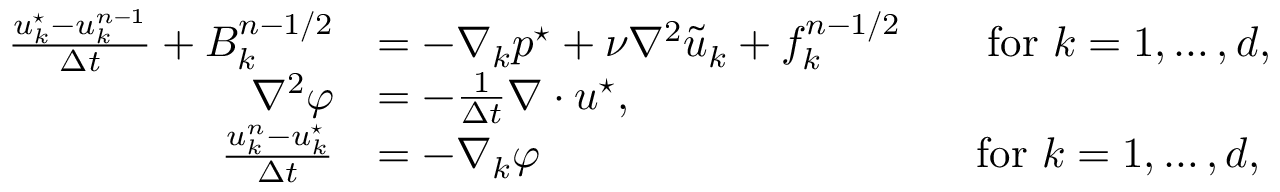
\begin{array} { r l } { \frac { u _ { k } ^ { \star } - u _ { k } ^ { n - 1 } } { \Delta t } + B _ { k } ^ { n - 1 / 2 } } & { = - \nabla _ { k } p ^ { \star } + \nu { \nabla } ^ { 2 } \tilde { u } _ { k } + f _ { k } ^ { n - 1 / 2 } \qquad \mathrm { f o r ~ } k = 1 , \dots , d , } \\ { { \nabla } ^ { 2 } \varphi } & { = - \frac { 1 } { \Delta t } \nabla \cdot \b u ^ { \star } , } \\ { \frac { u _ { k } ^ { n } - u _ { k } ^ { \star } } { \Delta t } } & { = - { \nabla } _ { k } \varphi \qquad \qquad \qquad \qquad \qquad \, \mathrm { f o r ~ } k = 1 , \dots , d , } \end{array}